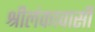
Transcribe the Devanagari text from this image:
श्रीलंकावासी